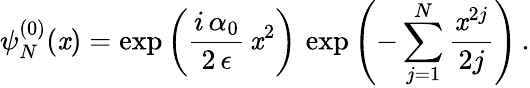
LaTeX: \psi_{N}^{(0)}(\mathit{x})=\exp\left(\frac{{i\, \alpha_{0}}}{{2\, \epsilon}}\, \mathit{x}^{2}\right)\, \exp\left(-\sum_{j=1}^{N}\frac{{\mathit{x}^{2j}}}{{2j}}\right)\, .